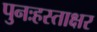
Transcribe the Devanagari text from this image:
पुनःहस्ताक्षर